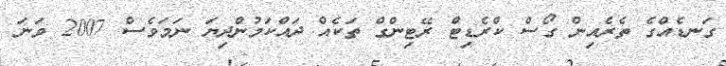
ގަނޑެއްގެ ތެރެއިން ގޯސް ކްރެޑިޓް ރޭޓިންގް ތަކެއް ދައްކަމުންދިޔަ ނަމަވެސް 2007 ވަނަ